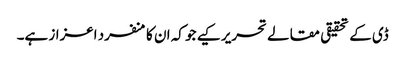
ڈی کے تحقیقی مقالے تحریر کیے جو کہ ان کا منفرد اعزاز ہے۔